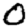
Digit: 0